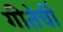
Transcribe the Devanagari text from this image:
गीतेचीं